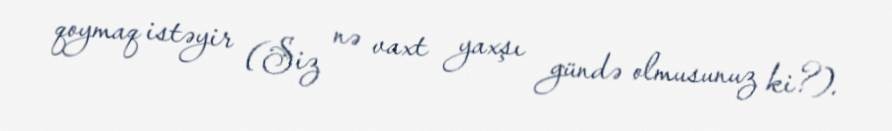
qoymaq istəyir (Siz nə vaxt yaxşı gündə olmusunuz ki?).